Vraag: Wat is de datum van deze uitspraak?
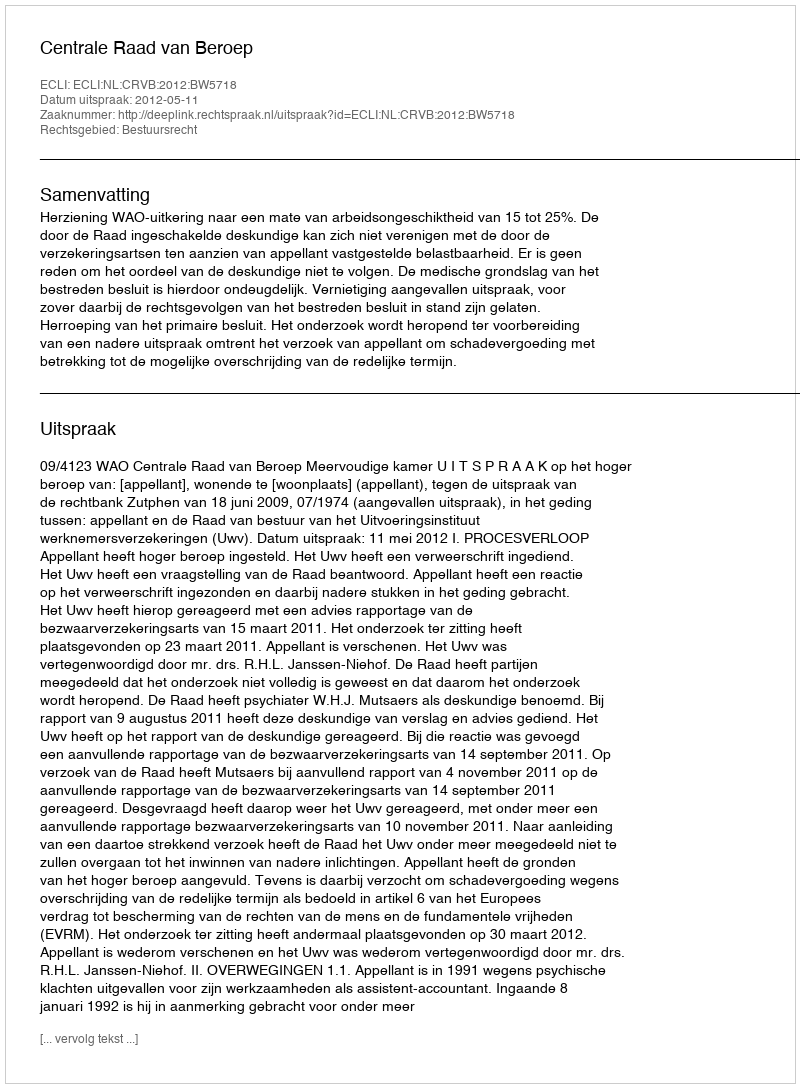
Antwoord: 2012-05-11